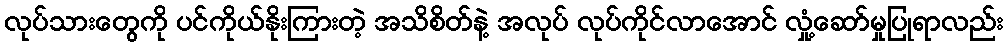
လုပ်သားတွေကို ပင်ကိုယ်နိုးကြားတဲ့ အသိစိတ်နဲ့ အလုပ် လုပ်ကိုင်လာအောင် လှုံ့ဆော်မှုပြုရာလည်း